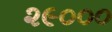
૨૯૦૦૦